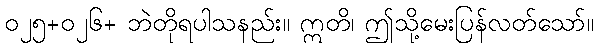
၀၂၅+၀၂၆+ ဘဲတိုရပါသနည်း။ ဣတိ၊ ဤသို့မေးပြန်လတ်သော်။